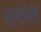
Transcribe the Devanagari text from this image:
श्‍वांस